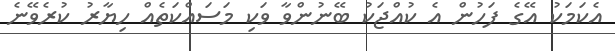
އެކަމަކު އޭގެ ފަހުން އެ ކުއްޖަކު ބޭނުންވާ ވަކި މަސައްކަތެއް ހިޔާރު ކުރެވޭނެ